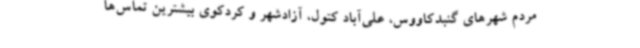
مردم شهرهای گنبدکاووس، علی‌آباد کتول، آزادشهر و کردکوی بیشترین تماس‌ها